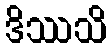
ဒိဿသိ